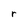
Character: r